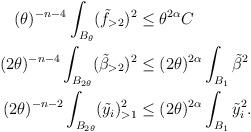
LaTeX: \begin{align*} \begin{aligned} (\theta)^{-n-4}\int_{B_{\theta}}(\tilde{f}_{>2})^2&\leq \theta^{2\alpha} C\\ (2\theta)^{-n-4}\int_{B_{2\theta}}(\tilde{\beta}_{>2})^2 &\leq (2\theta)^{2\alpha}\int_{B_{1}}\tilde{\beta}^2\\(2\theta)^{-n-2}\int_{B_{2\theta}}(\tilde{y}_i)_{>1}^2 &\leq (2\theta)^{2\alpha}\int_{B_1}\tilde{y}_i^2. \end{aligned} \end{align*}